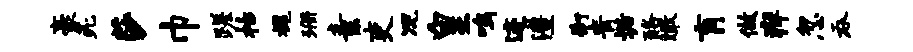
豪死莎巾蹉枯槐珊素吏况皇鸣迹澧街青垢酪瞰肓做痒忽吞